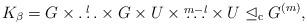
LaTeX: \begin{align*} K_\beta = G \times \overset{l} \ldots \times G \times U \times \overset{m-l} \ldots \times U \trianglelefteq_\mathrm{c} G^{(m)}, \end{align*}